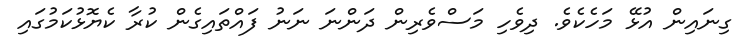
ގިނައިން އުޅޭ މަހެކެވެ. ދިވެހި މަސްވެރިން ދަންނަ ނަނު ފައްތައިގެން ކުރާ ކެޔޮޅުކަމުގައި